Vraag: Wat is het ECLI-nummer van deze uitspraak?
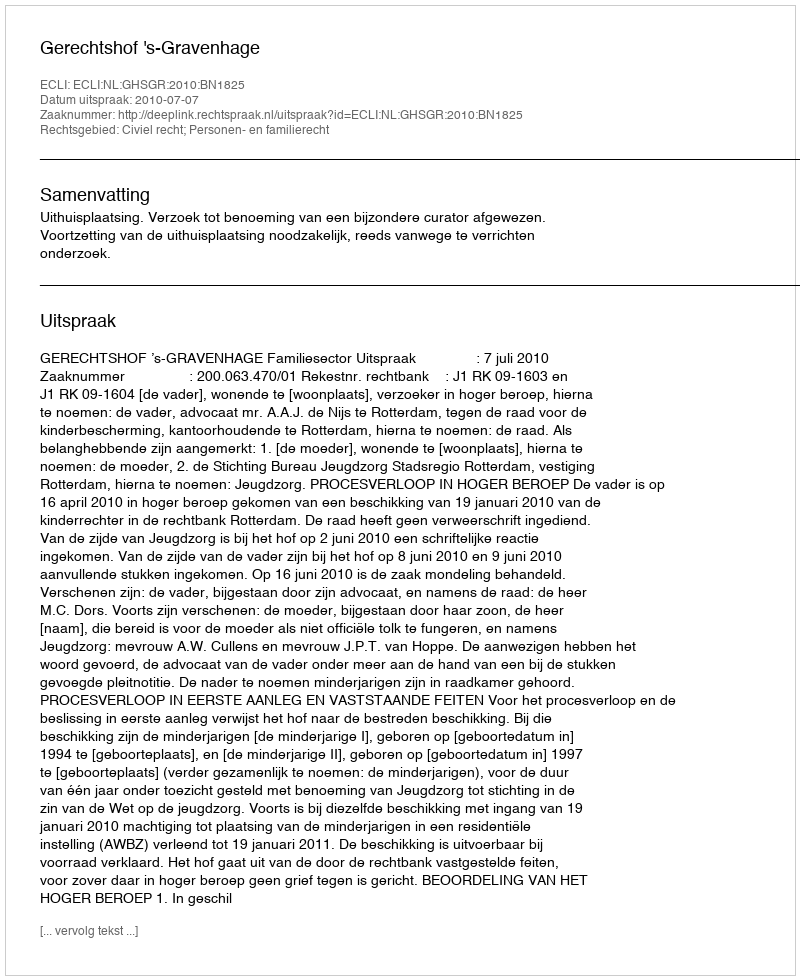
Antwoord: ECLI:NL:GHSGR:2010:BN1825